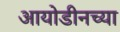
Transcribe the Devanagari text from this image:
आयोडीनच्या